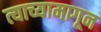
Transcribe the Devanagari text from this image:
त्याच्यामागून